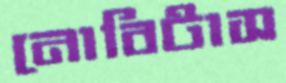
নোবিটাস